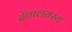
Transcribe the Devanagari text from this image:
देवालयस्य